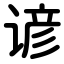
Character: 谚